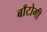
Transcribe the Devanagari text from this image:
बाँटोगी